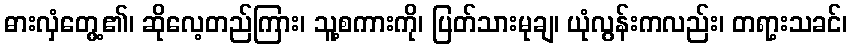
ဓားလှံတွေ့၏၊ ဆိုလေ့တည်ကြား၊ သူ့စကားကို၊ ပြတ်သားမုချ၊ ယုံလွန်းကလည်း၊ တရာ့းသခင်၊